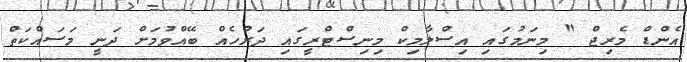
އެންޑް މެރިޖް " މިނަމުގައި އިސްލާމިކް މިނިސްޓްރީގައި ދަރުހެއް ބޭއްވުމަށް ދަނީ މަސައްކަތް